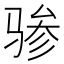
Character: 骖